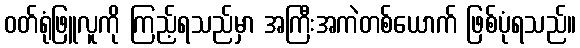
ဝတ်ရုံဖြူလူကို ကြည့်ရသည်မှာ အကြီးအကဲတစ်ယောက် ဖြစ်ပုံရသည်။